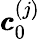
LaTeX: \pmb{c}_{0}^{(j)}